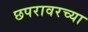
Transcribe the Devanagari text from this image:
छपरावरच्या